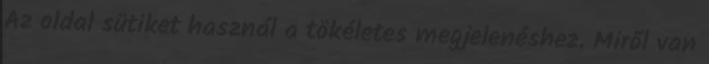
Az oldal sütiket használ a tökéletes megjelenéshez. Miről van